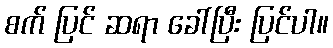
စက် ပြင် ဆရာ ခေါ်ပြီး ပြင်ပါ။